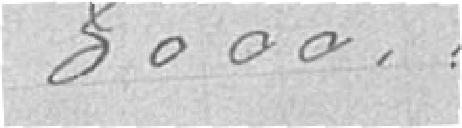
3000